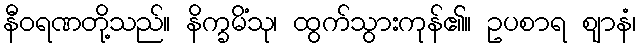
နီဝရဏတို့သည်။ နိက္ခမိံသု၊ ထွက်သွားကုန်၏။ ဥပစာရ ဈာနံ၊